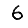
Digit: 6